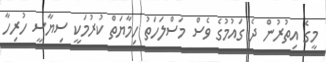
މީގެ އިތުރުން ދެ ގައުމުގެ ވެސް މަސްލަހަތު ހިމާޔަތް ކުރުމަކީ ސިޔާސީ ހުރިހާ